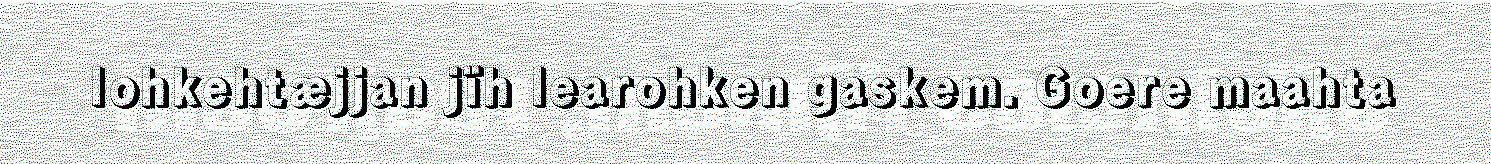
lohkehtæjjan jïh learohken gaskem. Goere maahta